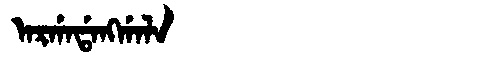
Manchu: ᠠᡵᡤᠠᡩᠠᠩᡤᠠᠯᠠ
Romanization: ARGADANGGALA